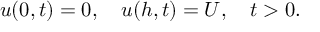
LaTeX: u ( 0 , t ) = 0 , \quad u ( h , t ) = U , \quad t > 0 .